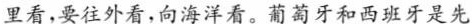
里看，要往外看，向海洋看。葡萄牙和西班牙是先